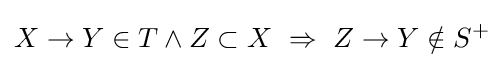
X\rightarrow Y\in T\land Z\subset X~\Rightarrow ~Z\rightarrow Y\notin S^{+}